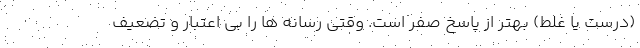
(درست یا غلط) بهتر از پاسخ صفر است. وقتی رسانه ها را بی اعتبار و تضعیف